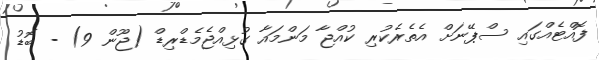
ފޮއްޓެއްގައި ސްޕޭނަށް އެތެރެކުރި ކުއްޖާ މަންމައާ ގުޅިއްޖެމެޑްރިޑް (ޖޫން 9) - ބޮޑު